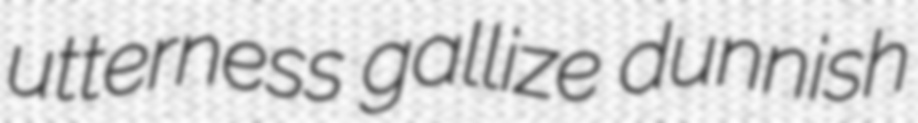
utterness gallize dunnish